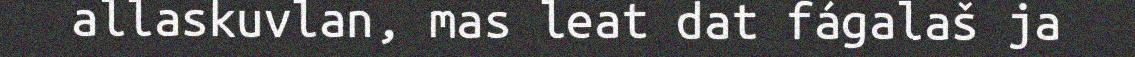
allaskuvlan, mas leat dat fágalaš ja